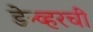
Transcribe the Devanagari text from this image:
डेन्व्हरची